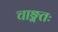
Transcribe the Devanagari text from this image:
चाङ्गतः